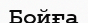
Бойға